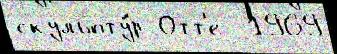
скульпту́р Отт'е  1969